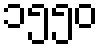
၁၅၅၀